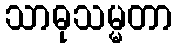
သာဓုသမ္မတာ